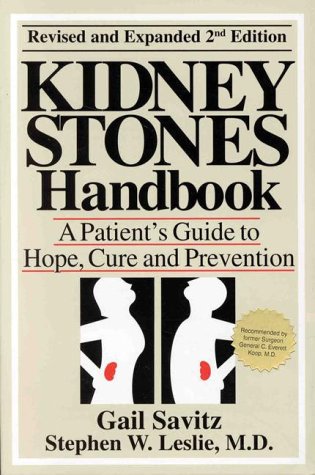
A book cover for Kidney Stones Handbook; Gail Golomb; Health, Fitness & Dieting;